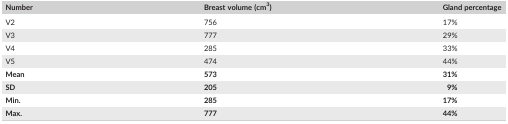
<table><thead><tr><td><b>Number</b></td><td><b>Breast volume (cm<sup>3</sup>)</b></td><td><b>Gland percentage</b></td></tr></thead><tbody><tr><td>V2</td><td>756</td><td>17%</td></tr><tr><td>V3</td><td>777</td><td>29%</td></tr><tr><td>V4</td><td>285</td><td>33%</td></tr><tr><td>V5</td><td>474</td><td>44%</td></tr><tr><td><b>Mean</b></td><td><b>573</b></td><td><b>31%</b></td></tr><tr><td><b>SD</b></td><td><b>205</b></td><td><b>9%</b></td></tr><tr><td><b>Min.</b></td><td><b>285</b></td><td><b>17%</b></td></tr><tr><td><b>Max.</b></td><td><b>777</b></td><td><b>44%</b></td></tr></tbody></table>